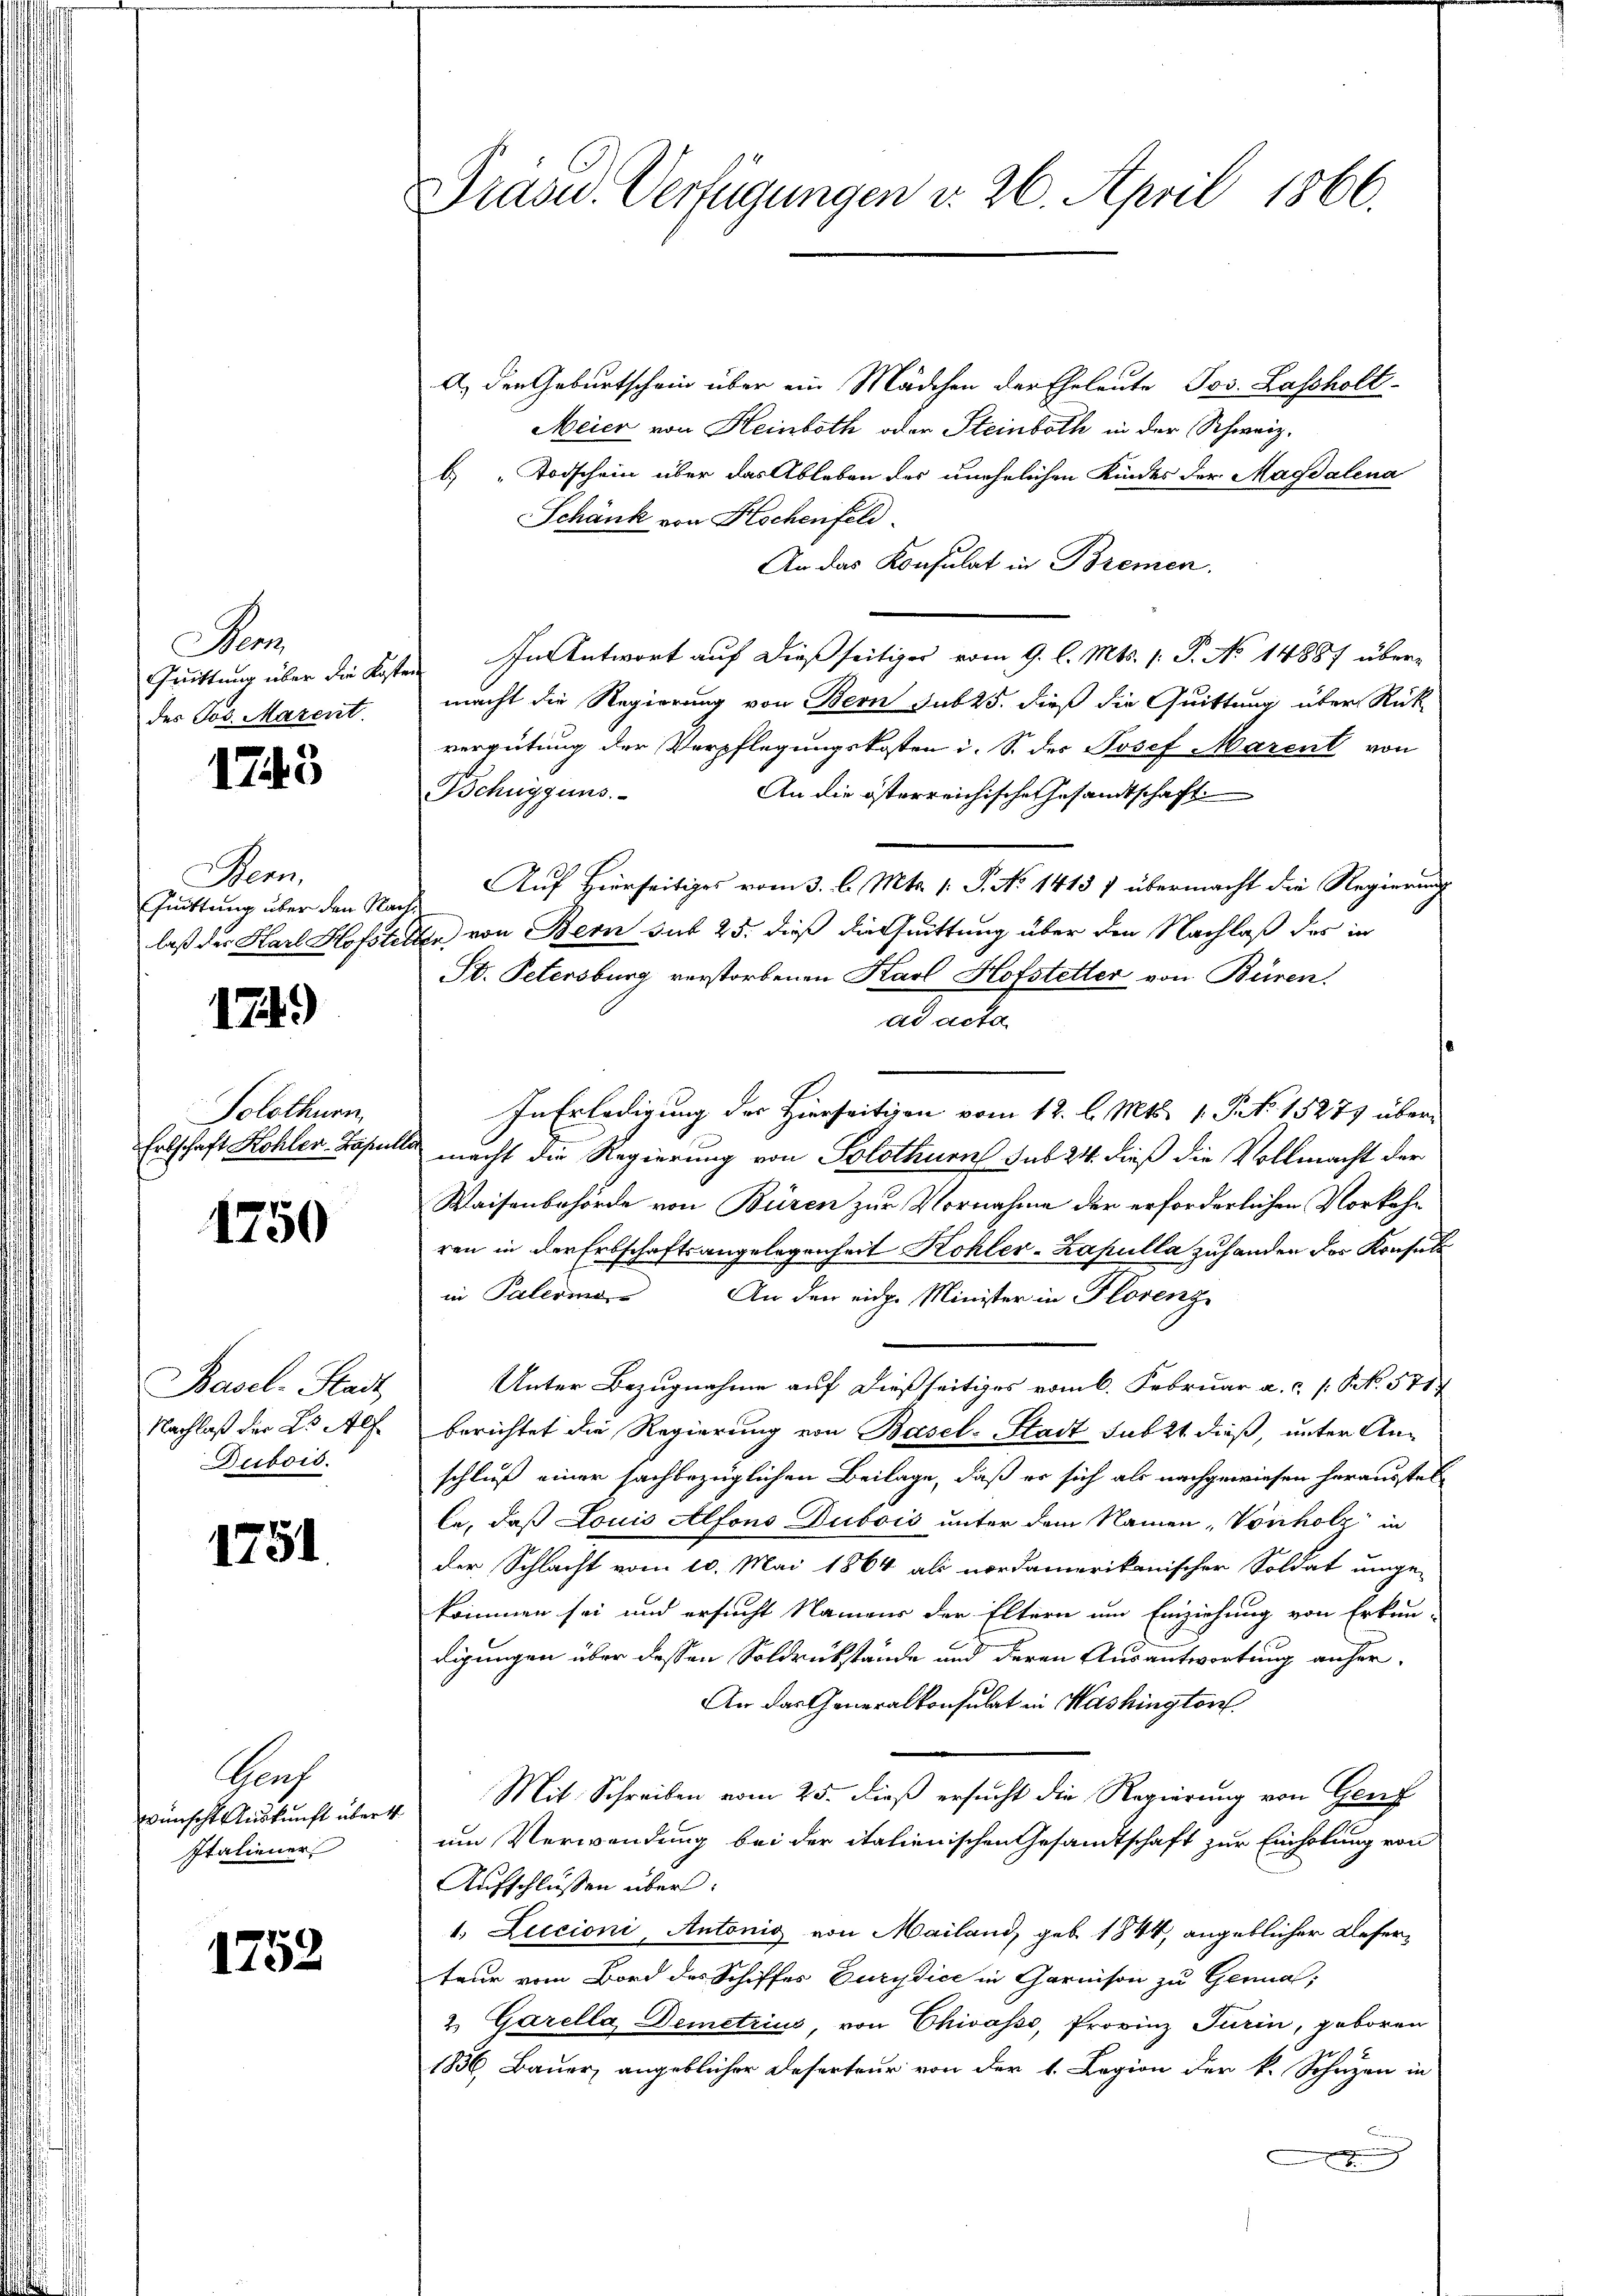
Nan
der Jos. Marent.

1743

Aen
Quittung über den Nac
laß der Harl Hofste

1749)

Solothurn
Erbschaft Kohler-Kapit

1750

Basel-Stadt
Nachlaß der L Al.
Dubois.

1751.

Graf
wünscht Auskunft über 4.
Italiener

1752

Präsid.. Verfügungen v. 26. April 1866.

A. den Geburtschein über ein Mädchen der Eheleute Jos. Lassholt
Meier von Heinboth oder Steinboth in der Schweiz.
b "Todschein über das Ableben des unehelichen Kindes der Magdalena
Schänk von Hochenfeld.
An das Konsulat in Bremen.
Quittung über die Kosten In Antwort auf dießseitiger vom 9. l. Mts. (: P. No 14887 übermacht die Regierung von Bern sub 25. dieß die Quittung über Rück-
vergütung der Verpflegungskosten i. S. des Josef Marent von
Behnyguns
An die österreichische Gesandtschaft
Auf Hierseitiges vom 3. l. Mts. 1. P. No 1415 7 übermacht die Regierung
de von Bern sub 25. dieß die Quittung über den Nachlaß des in
St. Petersburg verstorbenen Karl Hofstetter von Büren.
ad acta
In Erledigung des Hierseitigen vom 12. l. Mts. 1. S. 15279 über¬
u macht die Regierung von Solothurn sub 24. dieß die Vollmacht der
Waisenbehörde von Büren zur Vornahme der erforderlichen Vorkehren in der Erbschaftsangelegenheit Kohler-Zapulla zuhanden des Konsuls
in Palerie. An den eidge Minister in Florenz
Unter Bezugnahme auf dießseitiges vom 6. Februar a.c. s. S. 571
berichtet die Regierung von Basel-Stadt subst dieß, unter Anschluß einer sachbezüglichen Beilage, daß er sich als nachgewiesen herausstelle, daß Louis Alfons Dubois unter dem Namen, Vonholz in
der Schlacht vom 10. Mai 1864 als nordamerikanischer Soldat umge-
kommen sei und ersucht Namens der Eltern um Einziehung von Erkun-
digungen über dessen Soldrückstände und deren Ausantwortung anher¬
An das Generalkonsulat in Washingtor
Mit Schreiben vom 25. dieß ersucht die Regierung von Gruf
um Verwendung bei der italienischen Gesandtschaft zur Einholung von
Aufschlüssen über:
1. Licioni, Antönig von Mailand, geb. 1844, angeblicher Deserteur vom Bord des Schiffes Burydice in Garnison zu Genual;
2 Garella Demetrius, von Chiasso, Provinz Turin, geboren
1836, Bauer angeblicher Deserteur von der 1. Legion der k. Schäzen in
.